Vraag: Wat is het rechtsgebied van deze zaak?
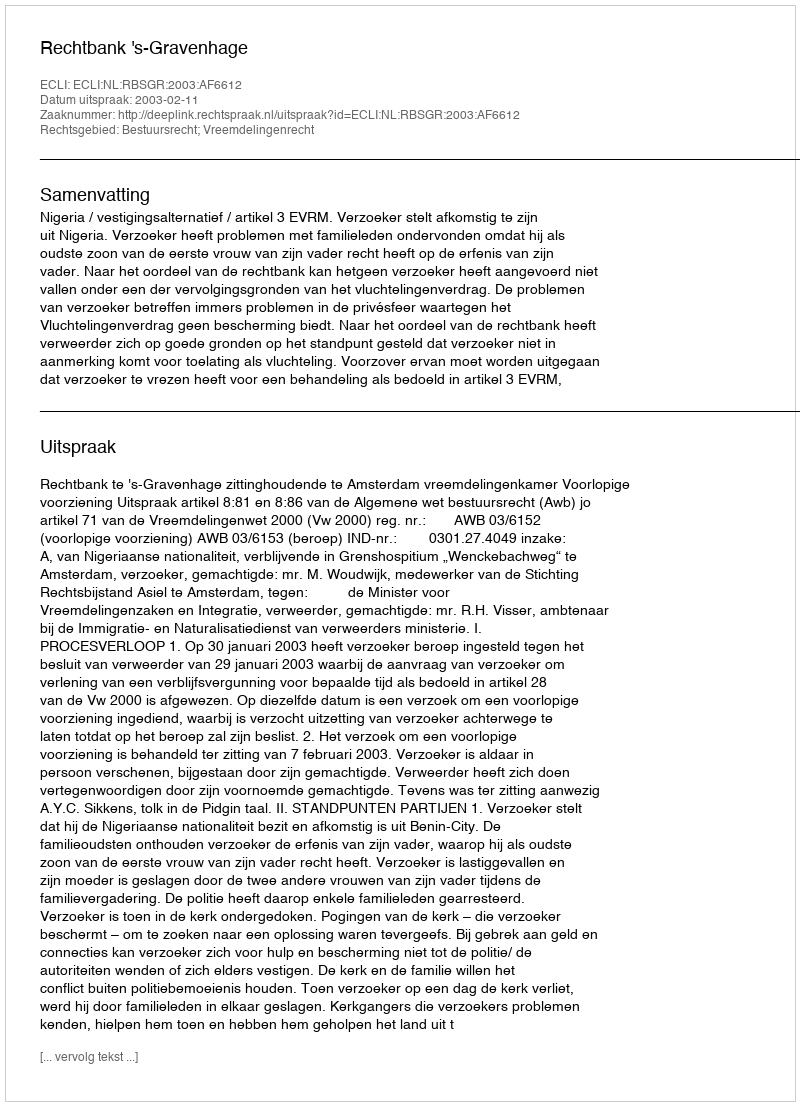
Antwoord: Bestuursrecht; Vreemdelingenrecht